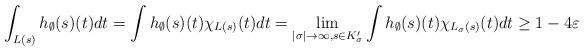
LaTeX: \begin{align*}\int_{L(s)} h_\emptyset (s)(t)dt= \int h_\emptyset (s)(t) \chi_{L(s)}(t)dt= \lim_{|\sigma|\rightarrow \infty, s\in K_\sigma'} \int h_\emptyset (s)(t) \chi_{L_\sigma(s)}(t)dt\geq 1-4\varepsilon\end{align*}